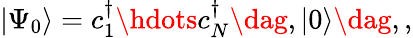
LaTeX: \vert\Psi_{0}\rangle=c_{1}^{\dagger}\hdots c_{N}^{\dagger}\dag,\vert 0\rangle\dag,,